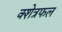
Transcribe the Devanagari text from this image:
क्शेत्रफल